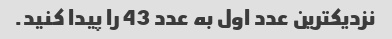
نزدیکترین عدد اول به عدد 43 را پیدا کنید.